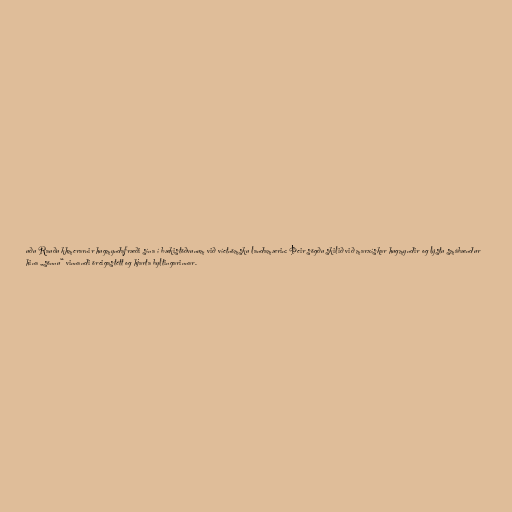
uðu Rauðu khmerarnir hugmyndafræði sína í bækistöðvunum við víetnömsku landamærin: Þeir sögðu skilið við marxískar hugmyndir og lýstu smábændur
hina „sönnu“ vinnandi öreigastétt og hjarta byltingarinnar.